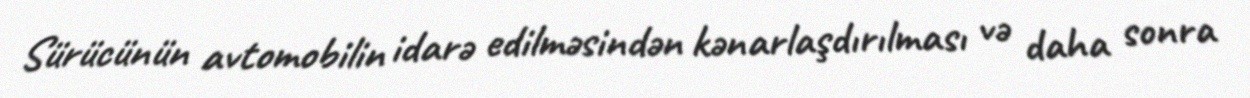
Sürücünün avtomobilin idarə edilməsindən kənarlaşdırılması və daha sonra